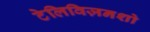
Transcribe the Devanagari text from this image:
टेलिविज़नशो